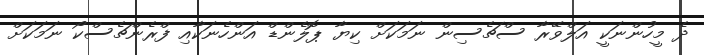
ދެ މީހުންނަކީ އަލްވޭރާ ސްޗެސިން ނަމަކަށް ކިޔާ ޕޮލެންޑް އަންހެނަކާއި ފްރެންޗެސްކޯ ނަމަކަށް